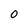
Character: 0